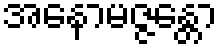
အနောမဇ္ဇန္တော